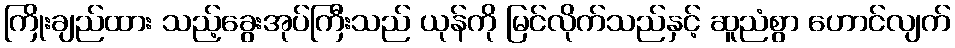
ကြိုးချည်ထား သည့်ခွေးအုပ်ကြီးသည် ယုန်ကို မြင်လိုက်သည်နှင့် ဆူညံစွာ ဟောင်လျက်